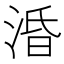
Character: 涽